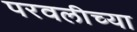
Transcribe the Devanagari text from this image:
परवलीच्या